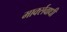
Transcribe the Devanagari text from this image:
मार्क्सवाधी